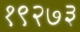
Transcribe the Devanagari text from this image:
१९२७३